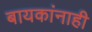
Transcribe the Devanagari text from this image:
बायकांनाही